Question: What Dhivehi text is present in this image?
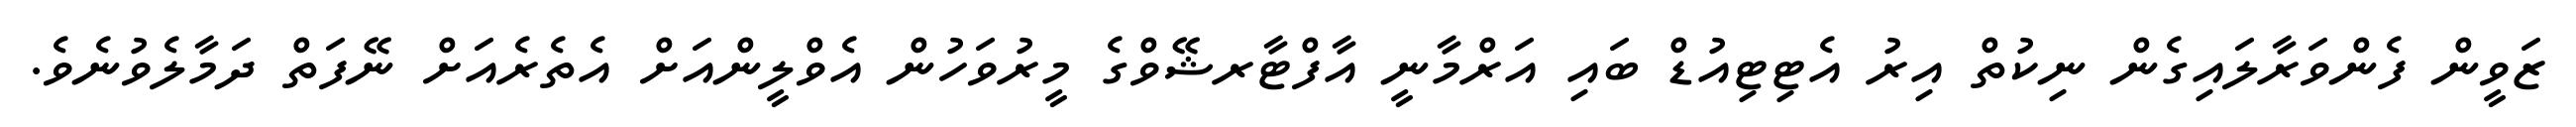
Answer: ޒަވީން ފެންވަރާލައިގެން ނިކުތް އިރު އެޓިޓިއުޑް ބައި އަރްމާނީ އާފްޓާރޝޭވްގެ މީރުވަހުން އެވްލީންއަށް އެތެރެއަށް ނޭފަތް ދަމާލެވުނެވެ.